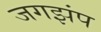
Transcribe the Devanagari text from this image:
जगझंप